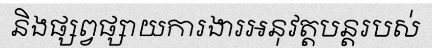
និងផ្សព្វផ្សាយការងារអនុវត្តបន្តរបស់